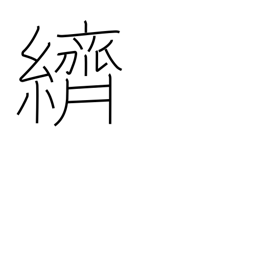
Meaning: splashed pattern dyeing or weaving